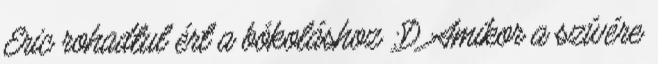
Eric rohadtul ért a bókoláshoz :D Amikor a szívére